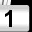
Digit: 1